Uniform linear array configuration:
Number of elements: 16
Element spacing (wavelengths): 1
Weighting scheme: cosine
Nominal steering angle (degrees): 0
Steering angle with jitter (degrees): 0.8548
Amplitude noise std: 0.05
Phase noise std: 0.05

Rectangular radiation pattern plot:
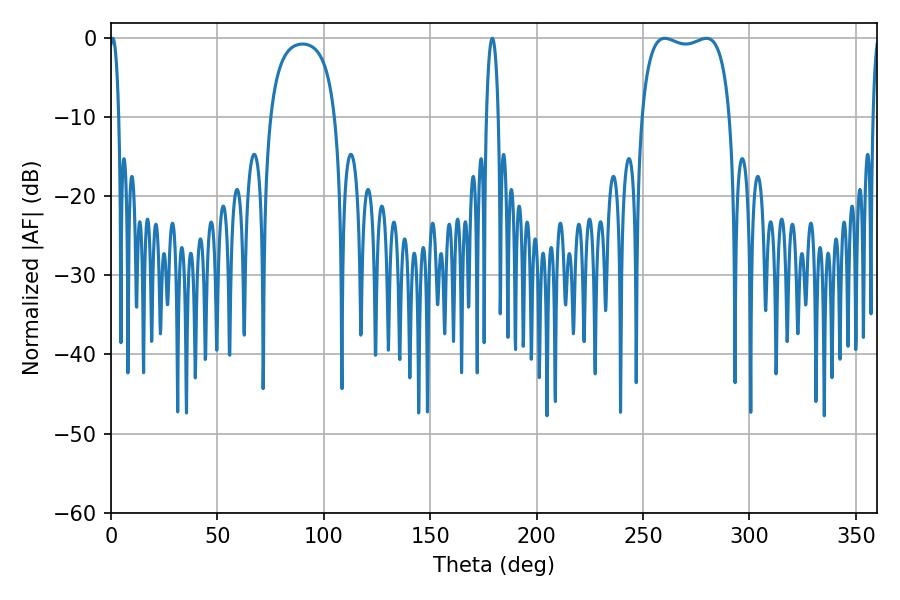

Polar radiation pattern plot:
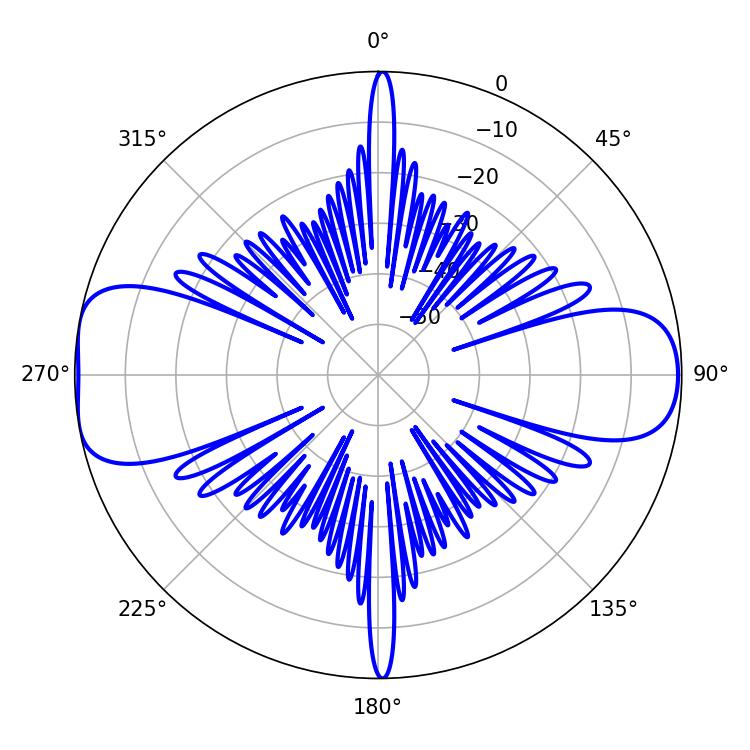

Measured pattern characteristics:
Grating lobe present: TRUE
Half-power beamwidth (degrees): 33.84
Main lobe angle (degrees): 260.28